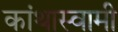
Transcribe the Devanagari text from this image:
कांथास्वामी